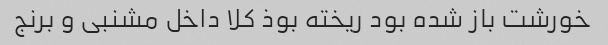
خورشت باز شده بود ریخته بوذ کلا داخل مشنبى و برنج